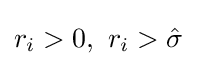
r_{i}>0,\ r_{i}>{\hat {\sigma }}